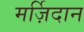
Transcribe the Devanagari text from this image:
मर्ज़िदान